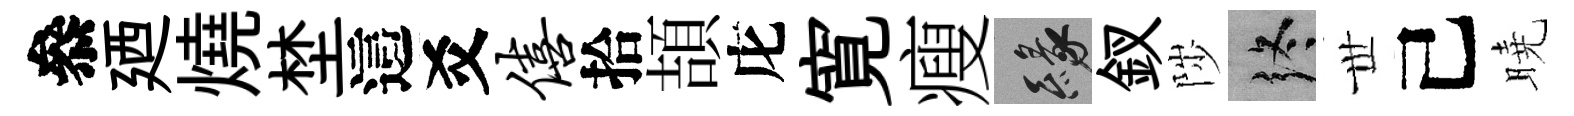
叅廼燒埜這爻僖拾頡庀寛瘦緣釵陟终𠀍己曉